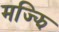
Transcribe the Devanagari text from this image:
मज्झि